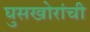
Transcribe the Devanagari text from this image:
घुसखोरांची